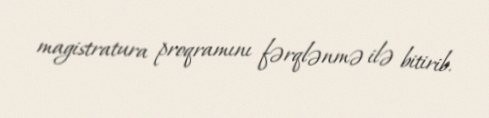
magistratura proqramını fərqlənmə ilə bitirib.